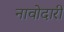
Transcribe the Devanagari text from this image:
नावोदारी